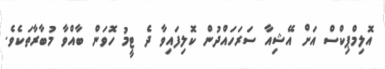
އޮލިމްޕިކްސް އަށް އޭޝިއާ ސަރަހައްދުން ކޮލިފައިވާ ދެ ޓީމު ހޮވަން ބާއްވާ މުބާރާތަކެެވެ.